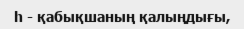
h - қабықшаның қалыңдығы,